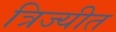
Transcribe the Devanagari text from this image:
त्रिज्यीत